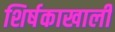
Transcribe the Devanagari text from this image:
शिर्षकाखाली